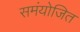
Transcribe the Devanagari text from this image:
समंयोजित